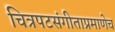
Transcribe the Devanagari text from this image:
चित्रपटसंगीताप्रमाणेच